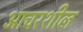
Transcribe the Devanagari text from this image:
आचरशील